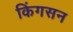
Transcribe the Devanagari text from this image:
किंगसन